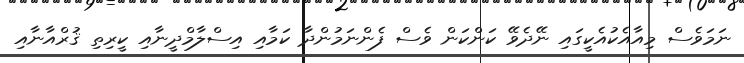
ނަމަވެސް މިއާއެކުއެކީގައި ނޭދެވޭ ކަންކަން ވެސް ފެންނަމުންދާ ކަމާއި އިސްލާމްދީނާއި ކީރިތި ޤުރްއާނާއި